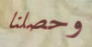
وحصلنا